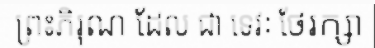
ព្រះភិរុណ ដែល ជា ទេវៈ ថែរក្សា